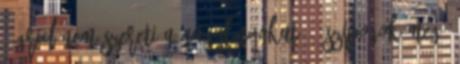
- Grid nem szereti a nagylányokat. - szipogok meg,